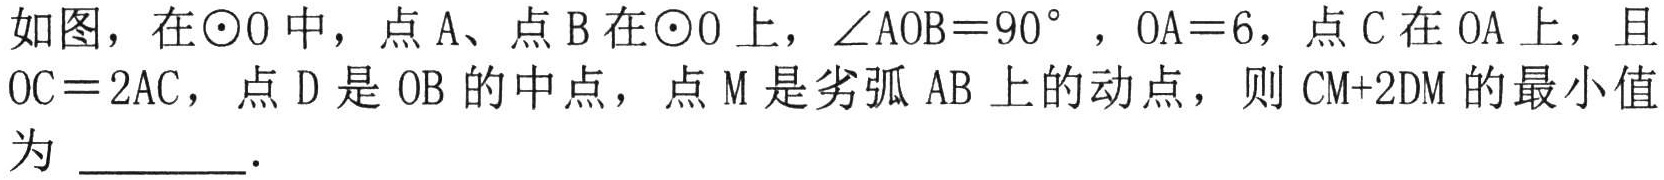
如图，在\(\odot O\)中，点\(A\)、点\(B\)在\(\odot O\)上，\(\angle AOB = 90^{\circ}\)，\(OA = 6\)，点\(C\)在 \(OA\)上，且\(OC = 2AC\)，点\(D\)是 \(OB\)的中点，点\(M\)是劣弧 \(AB\)上的动点，则 \(CM + 2DM\)的最小值为 \_\_\_\_\_ .